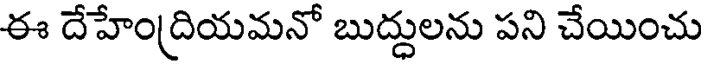
ఈ దేహేంద్రియమనో బుద్దులను పని చేయించు